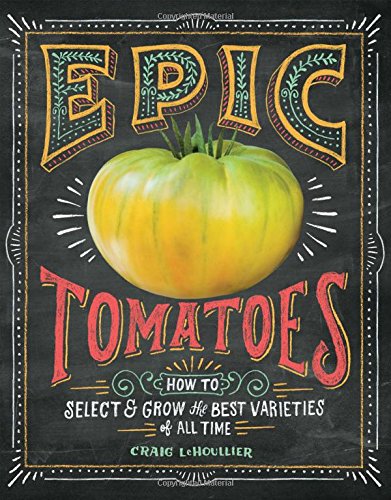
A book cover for Epic Tomatoes: How to Select and Grow the Best Varieties of All Time; Craig LeHoullier; Crafts, Hobbies & Home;